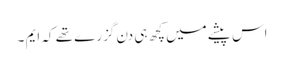
اس پیشے میں کچھ ہی دن گزرے تھے کہ ایم ۔